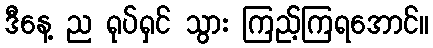
ဒီနေ့ ည ရုပ်ရှင် သွား ကြည့်ကြရအောင်။